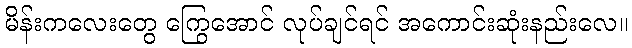
မိန်းကလေးတွေ ကြွေအောင် လုပ်ချင်ရင် အကောင်းဆုံးနည်းလေ။